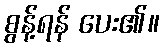
စွန့်ရန် ပေး၏။